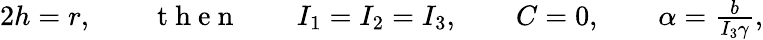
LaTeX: \begin{array}{r}{2h=r,\qquad\mathrm{~t~h~e~n~}\qquad I_{1}=I_{2}=I_{3},\qquad C=0,\qquad\alpha=\frac{b}{I_{3}\gamma},}\end{array}